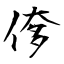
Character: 偧